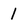
Character: I